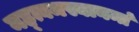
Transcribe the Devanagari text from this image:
मह्त्वमस्यानन्तं